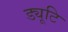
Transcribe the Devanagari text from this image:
ड्यूटि